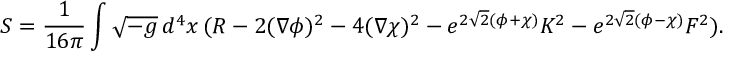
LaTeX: S = \frac { 1 } { 1 6 \pi } \int \sqrt { - g } \, d ^ { 4 } x \, ( R - 2 ( \nabla \phi ) ^ { 2 } - 4 ( \nabla \chi ) ^ { 2 } - e ^ { 2 \sqrt { 2 } ( \phi + \chi ) } K ^ { 2 } - e ^ { 2 \sqrt { 2 } ( \phi - \chi ) } F ^ { 2 } ) .